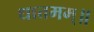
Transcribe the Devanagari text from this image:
धात्तमम्‌॥